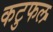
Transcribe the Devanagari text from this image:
कटुफल